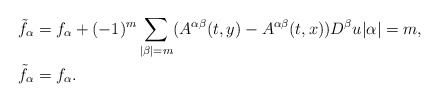
\begin{align*}&\tilde{f}_\alpha=f_\alpha+(-1)^m\sum_{|\beta|=m}(A^{\alpha\beta}(t,y)-A^{\alpha\beta}(t,x))D^\beta u|\alpha|=m,\\&\tilde{f}_\alpha=f_\alpha.\end{align*}